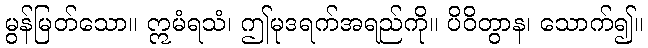
မွန်မြတ်သော။ ဣမံရသံ၊ ဤမုဒရက်အရည်ကို။ ပိဝိတွာန၊ သောက်၍။